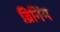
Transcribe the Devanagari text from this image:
ब्रिनिंग